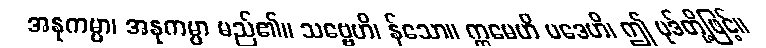
အနုကမ္ပာ၊ အနုကမ္ပာ မည်၏။ သဗ္ဗေဟိ၊ န်သော။ ဣမေဟိ ပဒေဟိ၊ ဤ ပုဒ်တို့ဖြင့်။